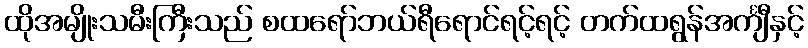
ထိုအမျိုးသမီးကြီးသည် စထရော်ဘယ်ရီရောင်ရင့်ရင့် တက်ထရွန်အင်္ကျီနှင့်